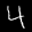
Label: 4